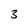
Character: 3